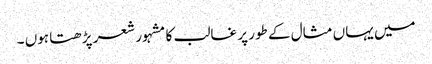
میں یہاں مثال کے طور پر غالب کا مشہور شعر پڑھتا ہوں ۔